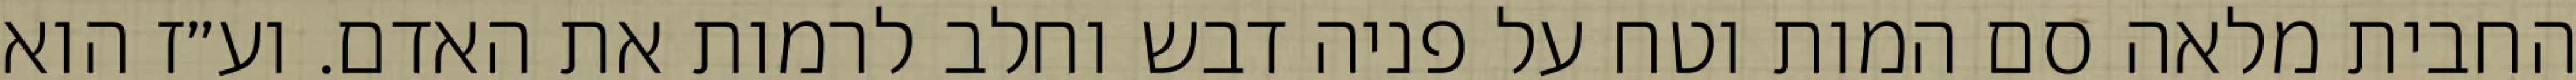
החבית מלאה סם המות וטח על פניה דבש וחלב לרמות את האדם. וע״ז הוא